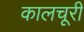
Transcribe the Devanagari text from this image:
कालचूरी